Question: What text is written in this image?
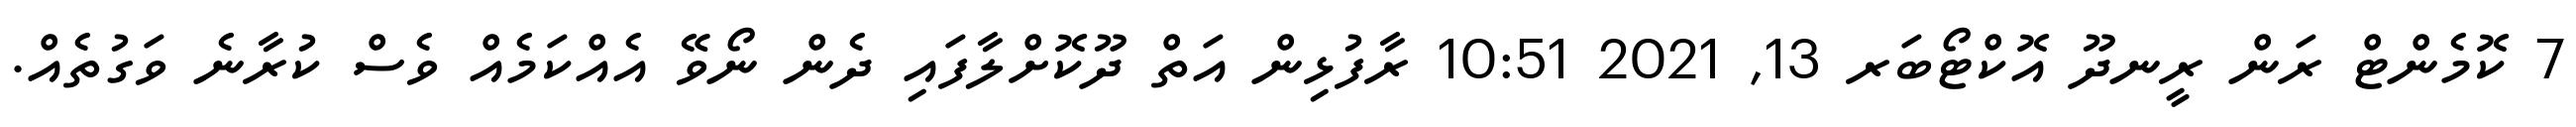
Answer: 7 ކޮމެންޓް ރަން ރީނދޫ އޮކްޓޯބަރ 13, 2021 10:51 ރާފުޅިން އަތް ދޫކޮށްލާފައި ދެން ނޯވޭ އެއްކަމެއް ވެސް ކުރާނެ ވަގުތެއް.